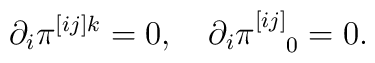
\partial_i \pi^{[ij]k}=0, \quad\partial_i \pi^{[ij]}_{\ \ \ 0}=0.